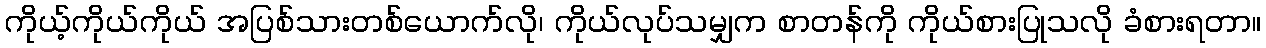
ကိုယ့်ကိုယ်ကိုယ် အပြစ်သားတစ်ယောက်လို၊ ကိုယ်လုပ်သမျှက စာတန်ကို ကိုယ်စားပြုသလို ခံစားရတာ။